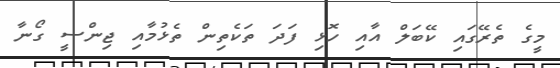
މީގެ ތެރޭގައި ކޭބަލް އާއި ހޮޅި ފަދަ ތަކެތިން ތެޅުމާއި ޖިންސީ ގޯނާ